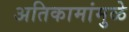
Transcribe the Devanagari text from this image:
अतिकामांमुळे